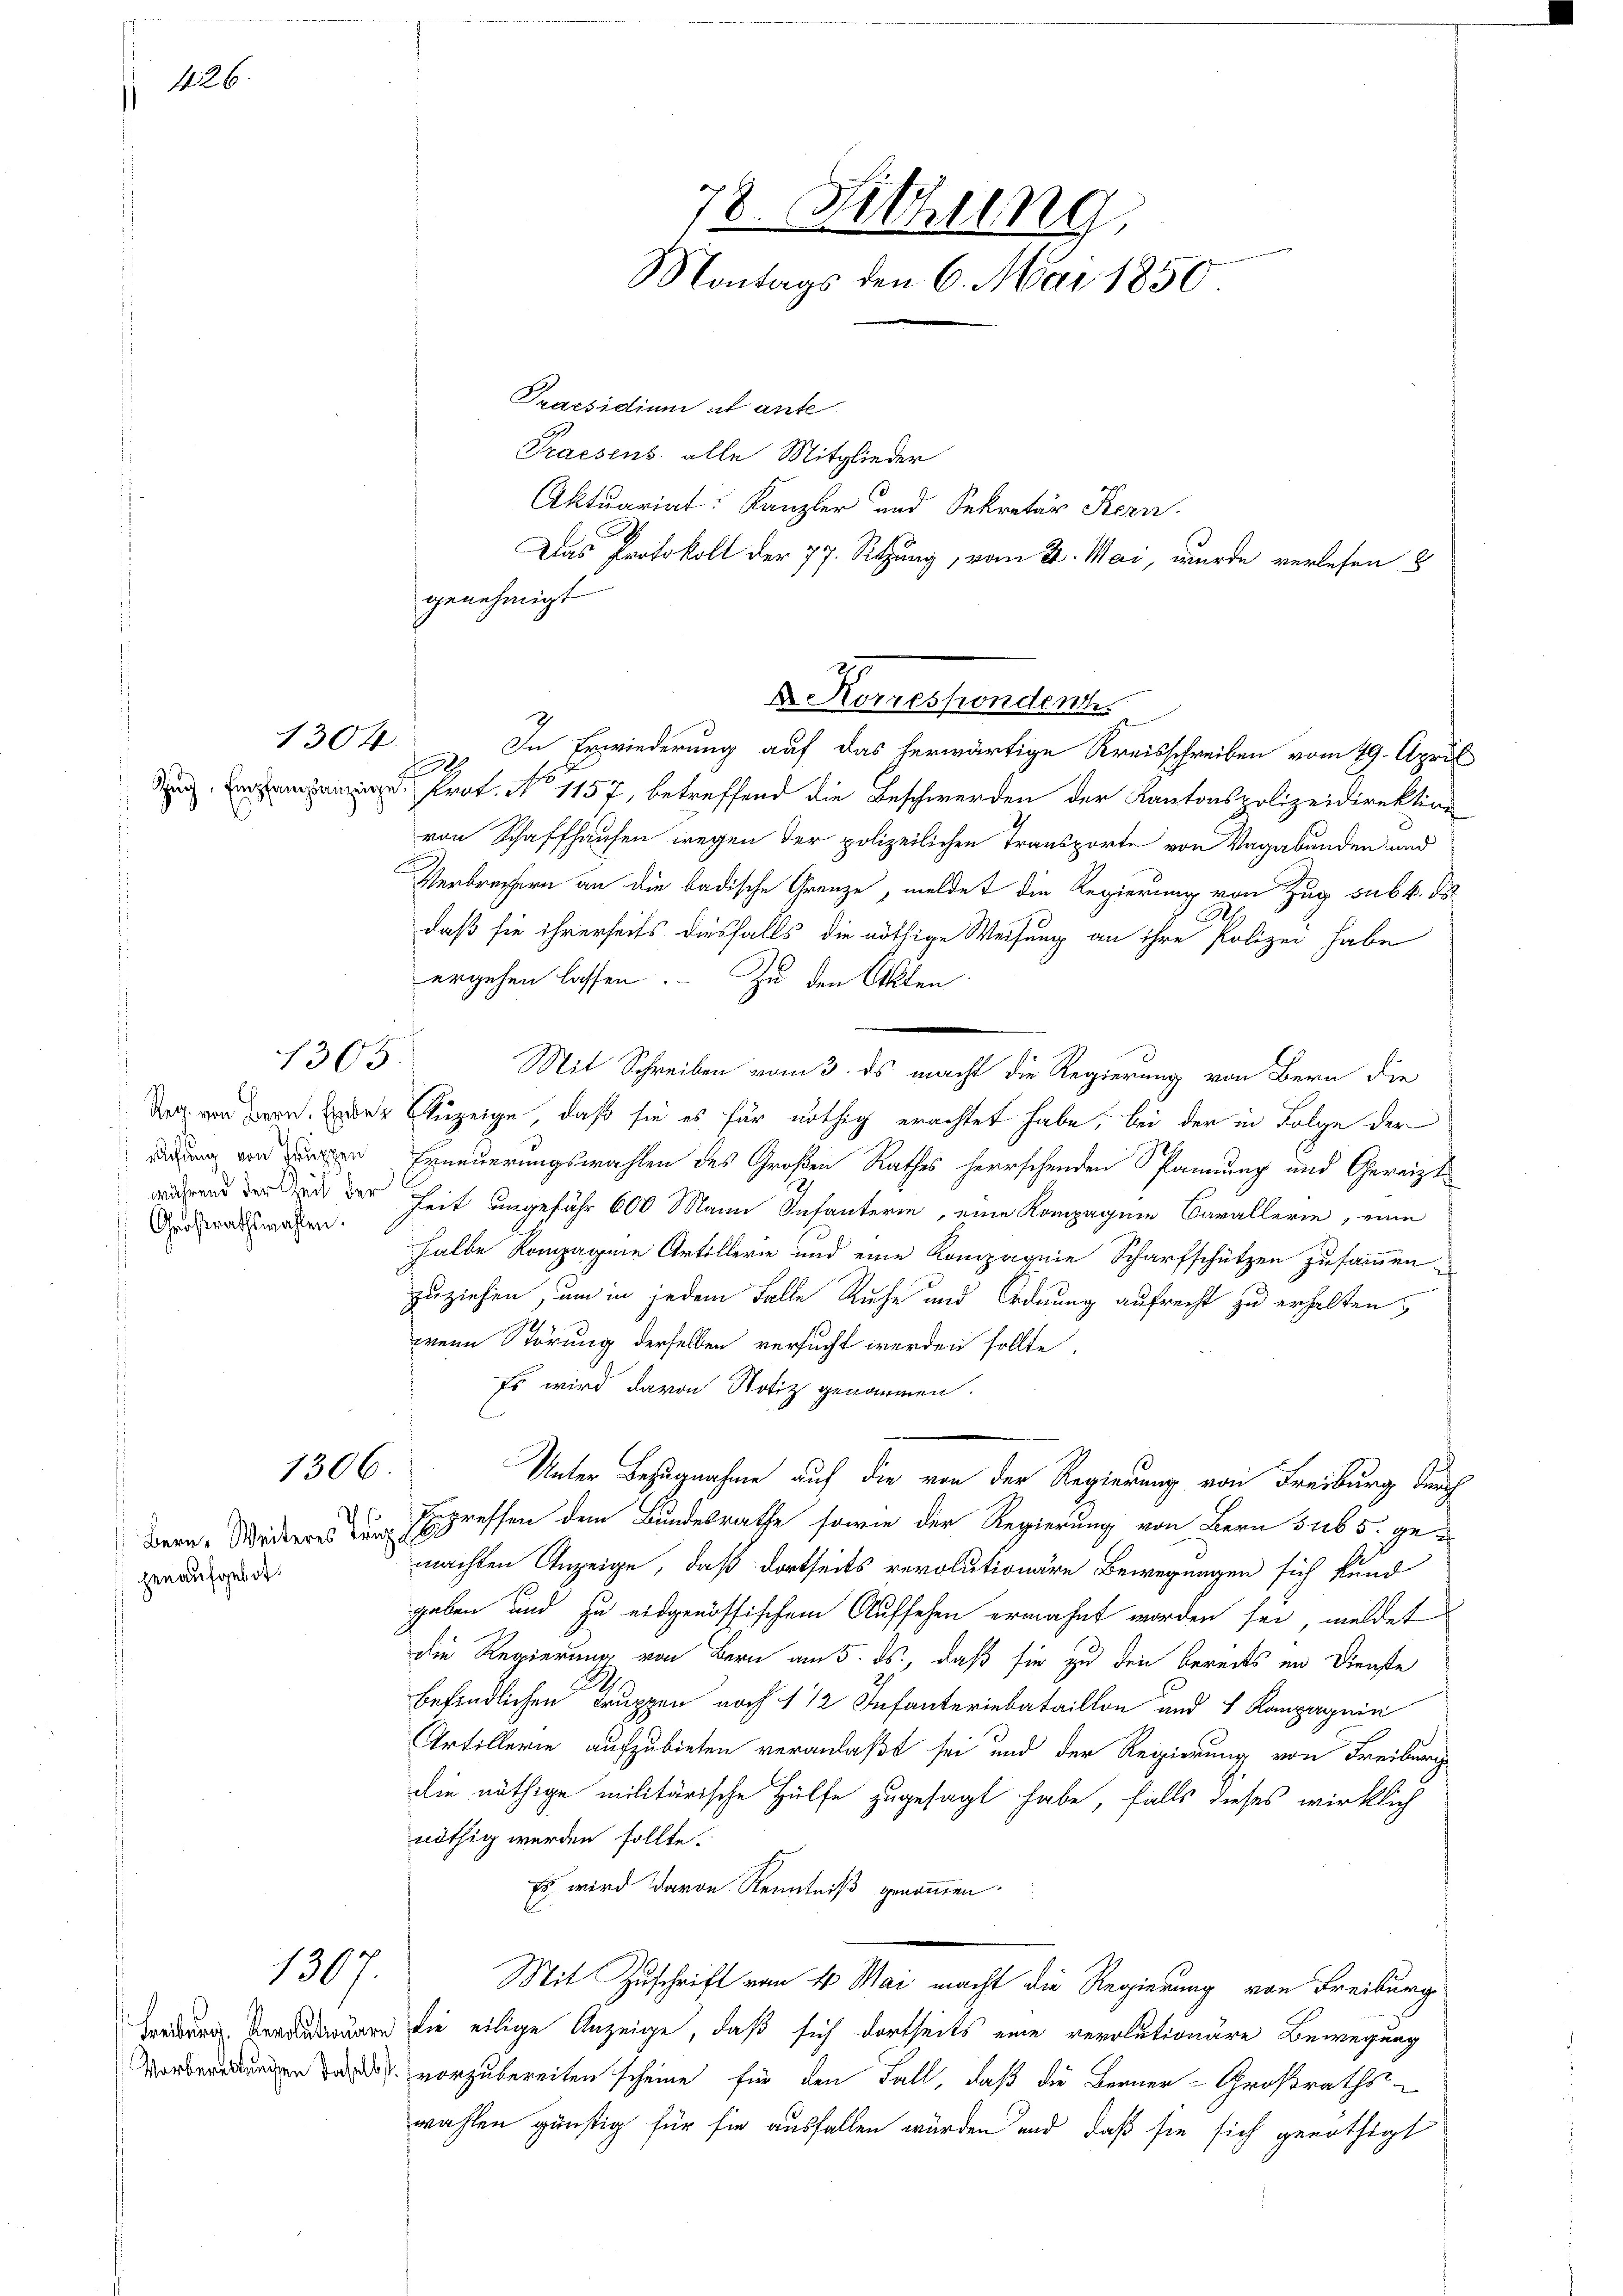
426.

rchung von Truppen
Großrathswahlen.

1304.

1305.

1306.

henaufgebot.

1307.

¬
 In Erwiederung auf das herwärtige Kreisschreiben vom 19. April
 Prot. No 1157, betreffend die Beschwerden der Kantonspolizeidirektion
von Schaffhausen wegen der polizeilichen Transporte von Vagabunden und
Verbrechern an die badische Grenze, meldet die Regierung von Zug sub b. d
daß sie ihrerseits diesfalls die nöthige Weisung an ihre Polizei habe
ergehen lassen. Zu den Akten
Mit Schreiben vom 3. ds. macht die Regierung von Bern die
Das von an der Anzeige, daß sie es für nöthig erachtet habe, bei der in Folge der
Erneuerungswahlen des Großen Rathes herrschenden Spannung und Gereiztdend die de der Zeit ungefähr 600 Mann Infanterin, eine Kompagnie Barallerie, eine
halbe Kompagnie Artillerie und eine Kompagnie Scharfschützen zusammen.
zuziehen, um in jedem Falle Ruhe und Ordnung aufrecht zu erhalten,
wenn Störung derselben versucht werden sollte,
Es wird davon Notiz genommen.
Unter Bezugnahme auf die von der Regierung von Freiburg durch
Bern Widers pressen dem Bundesrathe sowie der Regierung von Bern sub 5. gemachten Anzeige, daß dortseits revolutionäre Bewegungen sich kund
geben und zu eidgenössischem Aufsehen erwähnt worden sei, meldet
die Regierung von Bern am 5. ds., daß sie zu den bereits in Dienste
.
befindlichen Truppen noch 1 1/2 Infanteriebataillon und 8 Rampagnie
Artillerie aufzubieten veranlaßt sei und der Regierung von Freiburg
die nöthige militärische Hülfe zugesagt habe, falls dieses wirklich
nöthig werden sollte.
Es wird davon Kenntniß genommen.
Mit Zuschrift von 4 Mai macht die Regierung von Freiburg
r die eilige Anzeige, daß sich dortseits eine revolutionäre Bewegung
ea vorzubereiten scheine für den Fall, daß die Berner-Großraths-
wahlen günstig für sie ausfallen würden und daß sie sich genöthigt

genehmigt

Praesidium ut ante.
Praesens alle Mitglieder

78. Sitzung
Montags den 6. Mai 1850

Aktuariat Kanzler und Sekretär Kern
Das Protokoll der 77. Sitzung, vom 2. Mai, wurde verlesen &

Dr. Korressendent